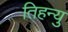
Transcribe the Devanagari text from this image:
तिहन्यु